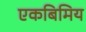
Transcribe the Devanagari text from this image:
एकबिमिय